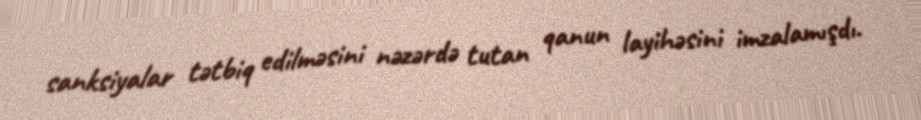
sanksiyalar tətbiq edilməsini nəzərdə tutan qanun layihəsini imzalamışdı.